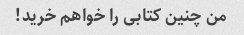
من چنین کتابی را خواهم خرید!